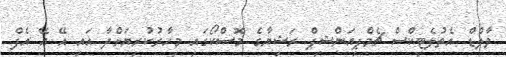
ވާލްޑް އެތުލެޓިކްސް ޗެމްޕިއަންޝިޕް ރަޝިޔާގެ މޮސްކޯގައި މިހާރުކުރިޔަށްދާ އައި އޭ އޭ އެފް